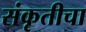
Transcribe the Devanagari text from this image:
संकृतीचा